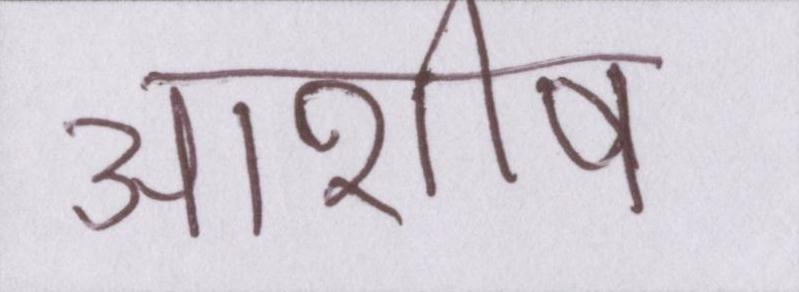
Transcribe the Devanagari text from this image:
आशीष